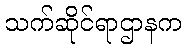
သက်ဆိုင်ရာဌာနက